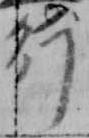
行